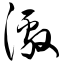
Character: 激